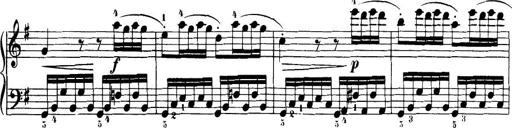
Title: 32 Sonatinas and Rondos for the Piano
Composer: Richard Kleinmichel